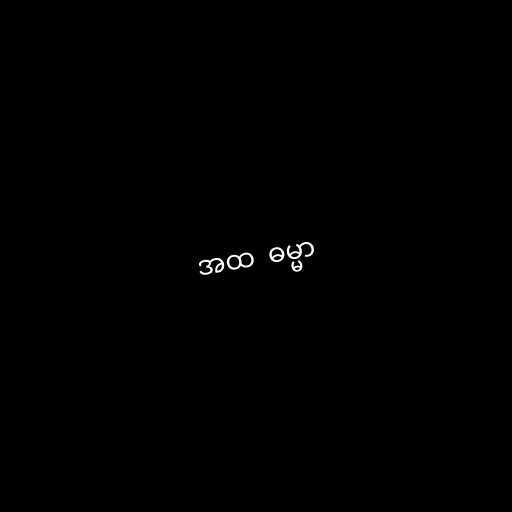
အထ  ဓမ္မာ